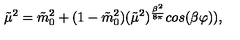
\tilde { \mu } ^ { 2 } = \tilde { m } _ { 0 } ^ { 2 } + ( 1 - \tilde { m } _ { 0 } ^ { 2 } ) ( \tilde { \mu } ^ { 2 } ) ^ { { \frac { \beta ^ { 2 } } { 8 \pi } } } c o s ( \beta \varphi ) ) ,